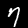
Label: 7